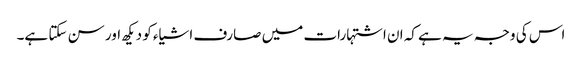
اس کی وجہ یہ ہے کہ ان اشتہارات میں صارف اشیاء کو دیکھ اور سن سکتا ہے۔